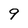
Character: 9